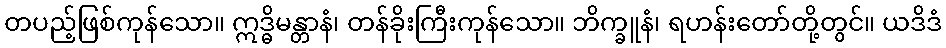
တပည့်ဖြစ်ကုန်သော။ ဣဒ္ဓိမန္တာနံ၊ တန်ခိုးကြီးကုန်သော။ ဘိက္ခူနံ၊ ရဟန်းတော်တို့တွင်။ ယဒိဒံ